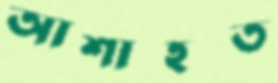
আশাহত